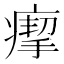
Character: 𤸪